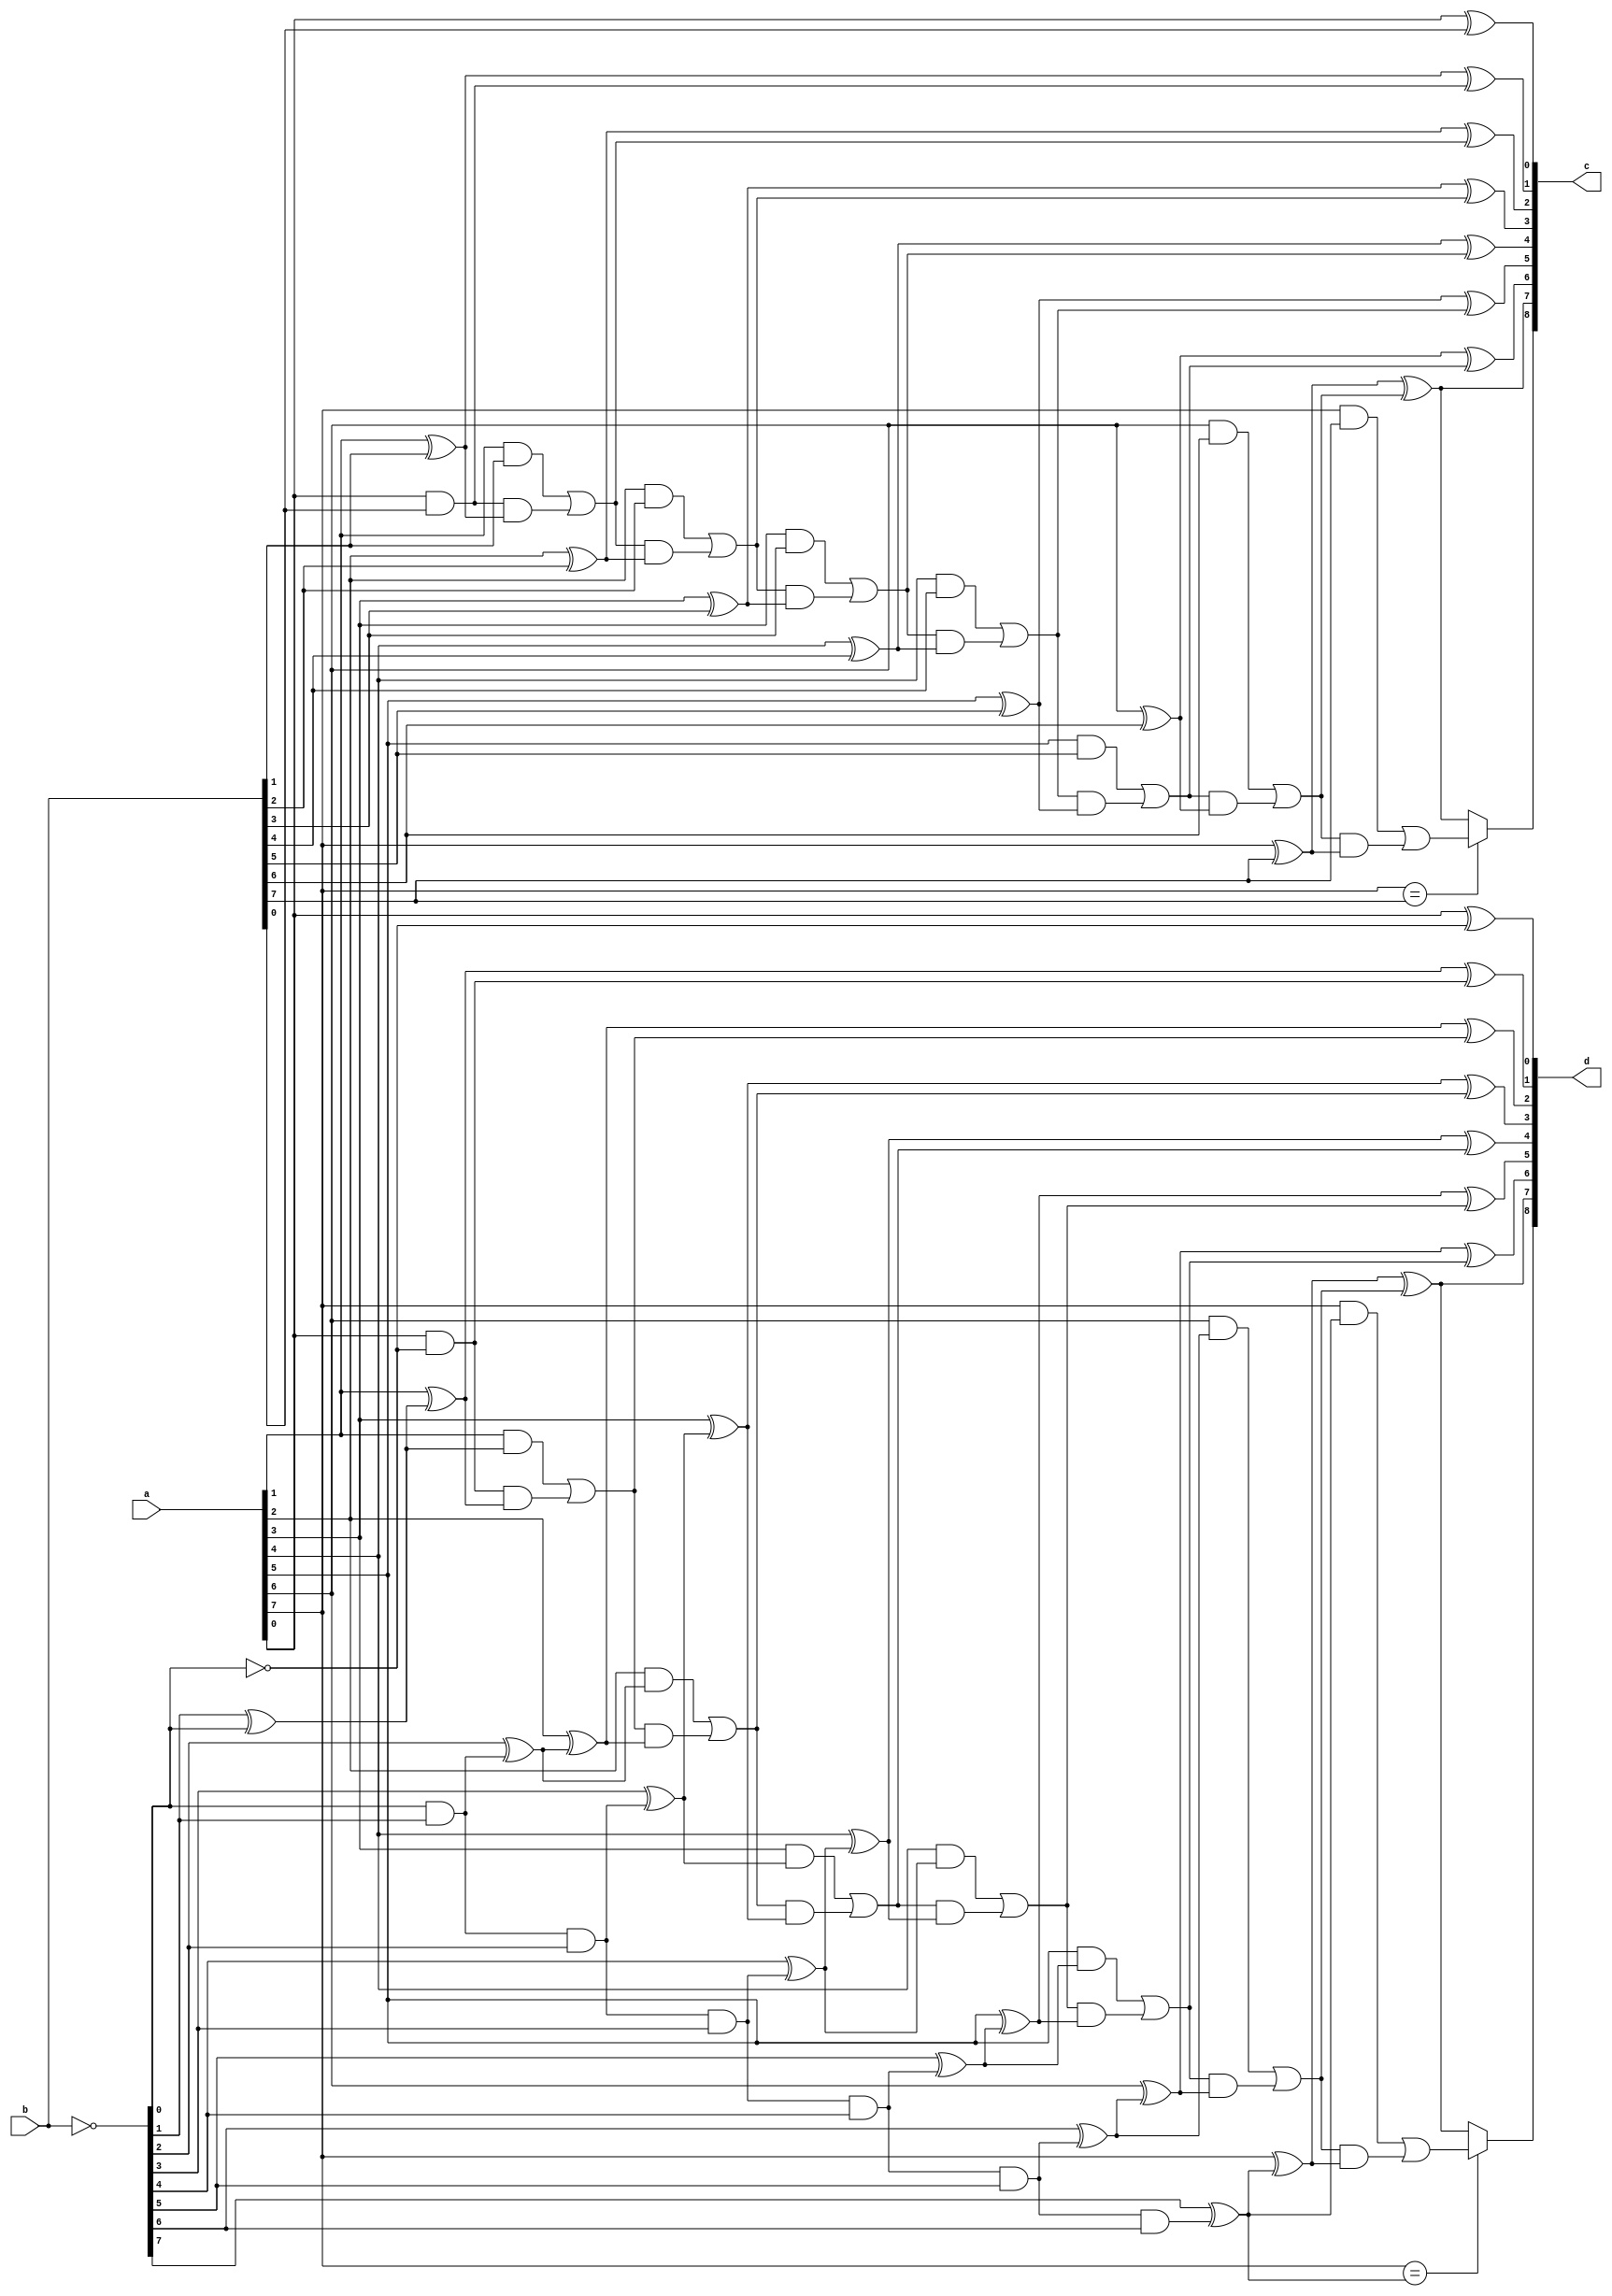
/**********************************************************************
 * Topic : RTL Core
 * 		  2-Dimensional Fast Hartley Transform
 *
 * Compilation Notes:
 *  1).Input Data
 *     - no min.negative value
 *  2).Memory
 *     - if you use Xilinx FPGA for prototyping 
 *       compile this code along with 
 *       USE_FPGA_SPSRAM definition and
 *       XilinxCoreLib library,
 *     - otherwise compile this code
 *       along with USE_ASIC_SPSRAM
 *     - max. bitwidth is 16bits
 *  3).Multiplier
 *     - if you use Xilinx FPGA for prototyping 
 *       compile this code along with 
 *       USE_FPGA_MULT definition
 *     - otherwise compile this code
 *       along with USE_ASIC_MULT
 *
 * TOP Level
 * 2D FHT 64 points -> ... clk delay
 * 
 *     +-------------------------+
 *     |                         |
 * --->|    2D FHT/8x8 Points    |---> 
 *     |                         |
 *     +-------------------------+
 *     |<---- ... clk delay ---->|
 *
 * Input Data  : [N-1:0] signed
 * Output Data : [N+5:0] signed
 *
 * Data is coming from somewhere (e.g. memory) with sclk one by one.
 * 1st step 1D FHT by rows:
 *			- Shift Register for 8 points -> ... clk delay
 *			- Alligner
 * 			- Calculate 1D FHT for 8 points. -> ... clk delay
 *				- FF is used on the each input of the butterfly
 *				- FF is used on the input of the multiplier
 * 2nd Step:
 * Matrix Transpose -> 64+1 clk delay
 * 			- Collecting data until 1st buffer is full as 64 points.
 *			- Read 64 points right away after 1st buffer is full.
 *			- At the same time 2nd buffer is ready to receive data.
 * 			- Collecting data until 2nd buffer is full as 64 points.
 *			- Read 64 points right away after 2nd buffer is full.
 *			- At the same time 1st buffer is ready to receive data once again.
 *			- ...
 * 3rd Step 1D FHT by columns.
 * 			- Combine data to make 8 points in parallel. -> ... clk delay
 * 			- Calculate 1D FHT for 8 points. -> ... clk delay
 *
 * RIGHT TO USE: This code example, or any portion thereof, may be
 * used and distributed without restriction, provided that this entire
 * comment block is included with the example.
 *
 * DISCLAIMER: THIS CODE EXAMPLE IS PROVIDED "AS IS" WITHOUT WARRANTY
 * OF ANY KIND, EITHER EXPRESS OR IMPLIED, INCLUDING, BUT NOT LIMITED
 * TO WARRANTIES OF MERCHANTABILITY, FITNESS OR CORRECTNESS. IN NO
 * EVENT SHALL THE AUTHOR OR AUTHORS BE LIABLE FOR ANY DAMAGES,
 * INCLUDING INCIDENTAL OR CONSEQUENTIAL DAMAGES, ARISING OUT OF THE
 * USE OF THIS CODE.
 **********************************************************************/

// ----->>> Define Multiplier Type
//`define USE_ASIC_MULT
//`define USE_FPGA_MULT

// ----->>>  Define Memory Type
//`define USE_FPGA_SPSRAM
//`define USE_ASIC_SPSRAM
/**********************************************************************
 * Topic : RTL Core
 * 		  2-Dimensional Fast Hartley Transform
 *
 * Function: Fast Hartley Transform 1 Dimension for 8 Points
 * Decimation in Frequency Domain
 * 
 *     +-----------+    +-----------+    +-----------+
 *     |  Serial   |    |  1D FHT   |    | Parallel  |
 * --->|    to     |--->|           |--->|    to     |--->
 *     | Parallel  |    | 8 Points  |    |  Serial   |
 *     +-----------+    +-----------+    +-----------+
 *
 * RIGHT TO USE: This code example, or any portion thereof, may be
 * used and distributed without restriction, provided that this entire
 * comment block is included with the example.
 *
 * DISCLAIMER: THIS CODE EXAMPLE IS PROVIDED "AS IS" WITHOUT WARRANTY
 * OF ANY KIND, EITHER EXPRESS OR IMPLIED, INCLUDING, BUT NOT LIMITED
 * TO WARRANTIES OF MERCHANTABILITY, FITNESS OR CORRECTNESS. IN NO
 * EVENT SHALL THE AUTHOR OR AUTHORS BE LIABLE FOR ANY DAMAGES,
 * INCLUDING INCIDENTAL OR CONSEQUENTIAL DAMAGES, ARISING OUT OF THE
 * USE OF THIS CODE.
 **********************************************************************/
/**********************************************************************
 * Topic : RTL Core
 * 		  2-Dimensional Fast Hartley Transform
 *
 * Function: Fast Hartley Transform ButterFly Unit without input FF
 *
 * RIGHT TO USE: This code example, or any portion thereof, may be
 * used and distributed without restriction, provided that this entire
 * comment block is included with the example.
 *
 * DISCLAIMER: THIS CODE EXAMPLE IS PROVIDED "AS IS" WITHOUT WARRANTY
 * OF ANY KIND, EITHER EXPRESS OR IMPLIED, INCLUDING, BUT NOT LIMITED
 * TO WARRANTIES OF MERCHANTABILITY, FITNESS OR CORRECTNESS. IN NO
 * EVENT SHALL THE AUTHOR OR AUTHORS BE LIABLE FOR ANY DAMAGES,
 * INCLUDING INCIDENTAL OR CONSEQUENTIAL DAMAGES, ARISING OUT OF THE
 * USE OF THIS CODE.
 **********************************************************************/

module fht_bfly_noFF(
	a,
	b,
	c,
	d
);

parameter N = 8;

input	[N-1:0]	a; // input
input	[N-1:0]	b; // input

output	[N  :0]	c; // additive output
output	[N  :0]	d; // subtractive output

assign c = rca_N(a,b);
assign d = rca_N(a,twos_complement(b));

// +--------------------------------------------------+ \\
// +----------- Function's Description Part ----------+ \\
// +--------------------------------------------------+ \\
// Full Adder
	function [1:0] full_adder;
	input a, b, ci;
	reg co, s;
	begin
		s  = (a ^ b ^ ci);
		co = (a & b) | (ci & (a ^ b));
		full_adder = {co,s};
	end
	endfunction

// Half Adder, i.e. without carry in
	function [1:0] half_adder;
	input a, b;
	reg co, s;
	begin
		s  = (a ^ b);
		co = (a & b);
		half_adder = {co,s};
	end
	endfunction

// Ripple Carry Adder - rca
// Input  vector = N     bits
// Output vector = N + 1 bits
	function [N:0] rca_N;

//	parameter N = 8;
	input [N-1:0] a;
	input [N-1:0] b;
	
	reg [N-1:0] co,sum;
		
		begin : RCA // RIPPLE CARRY ADDER
        	integer i;
        	//for (i = 0; i <= N; i = i + 1)
        	for (i = 0; i < N; i = i + 1)
            	if (i == 0)
					{co[i],sum[i]} = half_adder(a[i],b[i]);
				else
					{co[i],sum[i]} = full_adder(a[i],b[i],co[i-1]);

		rca_N[N-1:0] = sum;
		// MSB is a sign bit
		rca_N[N] = (a[N-1]==b[N-1]) ? co[N-1] : sum[N-1];
		end
	endfunction


	function [N-1:0] twos_complement;
	input [N-1:0] a;
  	reg [N-1:0] ainv;
  	reg [N:0] plus1;
	begin
		ainv  = ~a;
		plus1 = rca_N(ainv,{{N-1{1'b0}},1'b1});
	
		// pragma coverage block = off
		// synopsys translate_off
		// The only problem is absolute minumum negative value
		if (a == {1'b1, {N-1{1'b0}}})
			$display("--->>> 2's complement ERROR - absolute minimum negative value: %0b\n\t %m",a);
		// synopsys translate_on
		// pragma coverage block = on
		
		twos_complement = plus1[N-1:0];
	end
	endfunction

endmodule

// Update Log:
// 27 Jul. 2011
// added pragmas for coverage
/**********************************************************************
 * Topic : RTL Core
 * 		  2-Dimensional Fast Hartley Transform
 *
 * Function: Fast Hartley Transform ButterFly Unit
 *
 * RIGHT TO USE: This code example, or any portion thereof, may be
 * used and distributed without restriction, provided that this entire
 * comment block is included with the example.
 *
 * DISCLAIMER: THIS CODE EXAMPLE IS PROVIDED "AS IS" WITHOUT WARRANTY
 * OF ANY KIND, EITHER EXPRESS OR IMPLIED, INCLUDING, BUT NOT LIMITED
 * TO WARRANTIES OF MERCHANTABILITY, FITNESS OR CORRECTNESS. IN NO
 * EVENT SHALL THE AUTHOR OR AUTHORS BE LIABLE FOR ANY DAMAGES,
 * INCLUDING INCIDENTAL OR CONSEQUENTIAL DAMAGES, ARISING OUT OF THE
 * USE OF THIS CODE.
 **********************************************************************/

module fht_bfly(
	rstn,
	clk,
	valid,
	a,
	b,
	c,
	d
);

parameter N = 8;

input			rstn;
input			clk;

input			valid;

input	[N-1:0]	a; // input
input	[N-1:0]	b; // input

output	[N  :0]	c; // additive output
output	[N  :0]	d; // subtractive output

reg [N-1:0] a_FF;
always @(posedge clk)
if		(!rstn)	a_FF <= #1 0;
else if (valid)	a_FF <= #1 a;

reg [N-1:0] b_FF;
always @(posedge clk)
if		(!rstn) b_FF <= #1 0;
else if (valid)	b_FF <= #1 b;

assign c = rca_N(a_FF,b_FF);
assign d = rca_N(a_FF,twos_complement(b_FF));

// +--------------------------------------------------+ \\
// +----------- Function's Description Part ----------+ \\
// +--------------------------------------------------+ \\
// Full Adder
	function [1:0] full_adder;
	input a, b, ci;
	reg co, s;
	begin
		s  = (a ^ b ^ ci);
		co = (a & b) | (ci & (a ^ b));
		full_adder = {co,s};
	end
	endfunction

// Half Adder, i.e. without carry in
	function [1:0] half_adder;
	input a, b;
	reg co, s;
	begin
		s  = (a ^ b);
		co = (a & b);
		half_adder = {co,s};
	end
	endfunction

// Ripple Carry Adder - rca
// Input  vector = N     bits
// Output vector = N + 1 bits
	function [N:0] rca_N;

//	parameter N = 8;
	input [N-1:0] a;
	input [N-1:0] b;
	
	reg [N-1:0] co,sum;
		
		begin : RCA // RIPPLE_CARRY_ADDER
        	integer i;
        	//for (i = 0; i <= N; i = i + 1)
        	for (i = 0; i < N; i = i + 1)
            	if (i == 0)
					{co[i],sum[i]} = half_adder(a[i],b[i]);
				else
					{co[i],sum[i]} = full_adder(a[i],b[i],co[i-1]);

		rca_N[N-1:0] = sum;
		// MSB is a sign bit
		rca_N[N] = (a[N-1]==b[N-1]) ? co[N-1] : sum[N-1];
		end
	endfunction


	function [N-1:0] twos_complement;
	input [N-1:0] a;
  	reg [N-1:0] ainv;
  	reg [N:0] plus1;
	begin
		ainv  = ~a;
		plus1 = rca_N(ainv,{{N-1{1'b0}},1'b1});
	
		// pragma coverage block = off
		// synopsys translate_off
		// The only problem is absolute minumum negative value
		if (a == {1'b1, {N-1{1'b0}}})
			$display("--->>> 2's complement ERROR - absolute minimum negative value: %0b\n\t %m",a);
		// synopsys translate_on
		// pragma coverage block = on
		
		twos_complement = plus1[N-1:0];
	end
	endfunction

endmodule

// Update Log:
// 27 Jul. 2011
// added pragmas for coverage

module fht_1d_x8(
	rstn,
	sclk,

	// input data - x0,x1,x2,x3,x4,x5,x6,x7,x0,x1...
	x_valid,
	x_data,
	
	// 1D FHT output data - h0,h1,h2,h3,h4,h5,h6,h7,h0,h1...
	fht_valid,
	fht_data

);

parameter N = 8;

input			rstn;
input			sclk;

input			x_valid;
input	[N-1:0]	x_data;

output			fht_valid;
output	[N+2:0]	fht_data;
// +++---------------------------------+++\\

// +++ Data Preparation Step Start +++ \\
// +++        - Aligning -         +++ \\
reg [N-1:0] x0,x1,x2,x3,x4,x5,x6,x7;
always @(posedge sclk or negedge rstn)
if (!rstn) begin
	x0 <= #1 0;
	x1 <= #1 0;
	x2 <= #1 0;
	x3 <= #1 0;
	x4 <= #1 0;
	x5 <= #1 0;
	x6 <= #1 0;
	x7 <= #1 0;
end
else if (x_valid) begin
	x0 <= #1 x_data;
	x1 <= #1 x0;
	x2 <= #1 x1;
	x3 <= #1 x2;
	x4 <= #1 x3;
	x5 <= #1 x4;
	x6 <= #1 x5;
	x7 <= #1 x6;
end

reg x_valid_1d;
always @(posedge sclk or negedge rstn)
if	(!rstn)	x_valid_1d <= #1 0;
else		x_valid_1d <= #1 x_valid;

wire xi_ready;

reg [2:0] cnt;
always @(posedge sclk or negedge rstn)
if		(!rstn)			cnt <= #1 0;
else if (x_valid_1d)	cnt <= #1 cnt + 1;

assign xi_ready = (cnt == 7 && x_valid_1d) ? 1'b1 : 1'b0;

// at the ready time aligned and reversed
reg [N-1:0] x0_FF,x1_FF,x2_FF,x3_FF,x4_FF,x5_FF,x6_FF,x7_FF;
always @(posedge sclk or negedge rstn)
if (!rstn) begin
	x0_FF <= #1 0;
	x1_FF <= #1 0;
	x2_FF <= #1 0;
	x3_FF <= #1 0;
	x4_FF <= #1 0;
	x5_FF <= #1 0;
	x6_FF <= #1 0;
	x7_FF <= #1 0;
end
else if (xi_ready) begin
	x0_FF <= #1 x7;
	x1_FF <= #1 x6;
	x2_FF <= #1 x5;
	x3_FF <= #1 x4;
	x4_FF <= #1 x3;
	x5_FF <= #1 x2;
	x6_FF <= #1 x1;
	x7_FF <= #1 x0;
end
// +++ Data Preparation Step Finish +++ //

// delay for ... clocks to provide timing requirements
reg [13:0] xi_ready_d;
always @(posedge sclk or negedge rstn)
if (!rstn)	xi_ready_d[13:0] <= #1 0;
else		xi_ready_d[13:0] <= #1 {xi_ready_d[12:0],xi_ready};

// 1D Fast Hartley Transform - Decimation-in-Frequency Algorithm

// Butterfly Stage N1
// Data input [N-1:0] = N bits
// On the output of the 1st bfly is [N:0] = N+1 bits

// <<<--------- Butterfly Stage N1
wire [N:0] stg1_sum1;
wire [N:0] stg1_sum2;
wire [N:0] stg1_sum3;
wire [N:0] stg1_sum4;

wire [N:0] stg1_sub1;
wire [N:0] stg1_sub2;
wire [N:0] stg1_sub3;
wire [N:0] stg1_sub4;

fht_bfly_noFF #(N) u11_fht_bfly (.a({x0_FF}),.b({x4_FF}),.c(stg1_sum1),.d(stg1_sub1));
fht_bfly_noFF #(N) u12_fht_bfly (.a({x1_FF}),.b({x5_FF}),.c(stg1_sum2),.d(stg1_sub2));
fht_bfly_noFF #(N) u13_fht_bfly (.a({x2_FF}),.b({x6_FF}),.c(stg1_sum3),.d(stg1_sub3));
fht_bfly_noFF #(N) u14_fht_bfly (.a({x3_FF}),.b({x7_FF}),.c(stg1_sum4),.d(stg1_sub4));

// <<<--------- Butterfly Stage N2
wire [N+1:0] stg2_sum1;
wire [N+1:0] stg2_sum2;
wire [N+1:0] stg2_sum3;

wire [N+1:0] stg2_sub1;
wire [N+1:0] stg2_sub2;
wire [N+1:0] stg2_sub3;



fht_bfly #(N+1) u21_fht_bfly (.rstn(rstn),.clk(sclk),.valid(xi_ready_d[1]),.a(stg1_sum1),.b(stg1_sum3),.c(stg2_sum1),.d(stg2_sub1));
fht_bfly #(N+1) u22_fht_bfly (.rstn(rstn),.clk(sclk),.valid(xi_ready_d[1]),.a(stg1_sum2),.b(stg1_sum4),.c(stg2_sum2),.d(stg2_sub2));
fht_bfly #(N+1) u23_fht_bfly (.rstn(rstn),.clk(sclk),.valid(xi_ready_d[1]),.a(stg1_sub1),.b(stg1_sub3),.c(stg2_sum3),.d(stg2_sub3));

// Multiplier on the 2nd Stage
wire [N:0] mult_dat_1;
wire [N:0] mult_dat_2;
assign mult_dat_1 = stg1_sub2;
assign mult_dat_2 = stg1_sub4;

wire [N+1:0] mult_res1;
wire [N+1:0] mult_res2;









// <<<--------- Butterfly Stage N3
wire [N+2:0] stg3_sum1;
wire [N+2:0] stg3_sum2;
wire [N+2:0] stg3_sum3;
wire [N+2:0] stg3_sum4;

wire [N+2:0] stg3_sub1;
wire [N+2:0] stg3_sub2;
wire [N+2:0] stg3_sub3;
wire [N+2:0] stg3_sub4;

fht_bfly #(N+2) u31_fht_bfly (.rstn(rstn),.clk(sclk),.valid(xi_ready_d[3]),.a(stg2_sum1),.b(stg2_sum2),.c(stg3_sum1),.d(stg3_sub1));
fht_bfly #(N+2) u32_fht_bfly (.rstn(rstn),.clk(sclk),.valid(xi_ready_d[3]),.a(stg2_sub1),.b(stg2_sub2),.c(stg3_sum2),.d(stg3_sub2));
fht_bfly #(N+2) u33_fht_bfly (.rstn(rstn),.clk(sclk),.valid(xi_ready_d[3]),.a(stg2_sum3),.b(mult_res1),.c(stg3_sum3),.d(stg3_sub3));
fht_bfly #(N+2) u34_fht_bfly (.rstn(rstn),.clk(sclk),.valid(xi_ready_d[3]),.a(stg2_sub3),.b(mult_res2),.c(stg3_sum4),.d(stg3_sub4));

// <<<--------- FHT Result
reg [N+2:0] h0_FF,h1_FF,h2_FF,h3_FF,h4_FF,h5_FF,h6_FF,h7_FF;
always @(posedge sclk or negedge rstn)
if (!rstn) begin
	h0_FF <= #1 0;
	h4_FF <= #1 0;
	h2_FF <= #1 0;
	h6_FF <= #1 0;
	h1_FF <= #1 0;
	h5_FF <= #1 0;
	h3_FF <= #1 0;
	h7_FF <= #1 0;
end
else if (xi_ready_d[5]) begin
	h0_FF <= #1 stg3_sum1;
	h4_FF <= #1 stg3_sub1;
	h2_FF <= #1 stg3_sum2;
	h6_FF <= #1 stg3_sub2;
	h1_FF <= #1 stg3_sum3;
	h5_FF <= #1 stg3_sub3;
	h3_FF <= #1 stg3_sum4;
	h7_FF <= #1 stg3_sub4;
end

assign h0_valid = xi_ready_d[6];
assign h1_valid = xi_ready_d[7];
assign h2_valid = xi_ready_d[8];
assign h3_valid = xi_ready_d[9];
assign h4_valid = xi_ready_d[10];
assign h5_valid = xi_ready_d[11];
assign h6_valid = xi_ready_d[12];
assign h7_valid = xi_ready_d[13];

wire	fht_valid_or;
assign	fht_valid_or =	h0_valid |
						h1_valid |
						h2_valid |
						h3_valid |
						h4_valid |
						h5_valid |
						h6_valid |
						h7_valid ;

wire [N+2:0] h_or_data;
assign h_or_data =	
				(h0_FF & {N+3{h0_valid}}) |
				(h1_FF & {N+3{h1_valid}}) |
				(h2_FF & {N+3{h2_valid}}) |
				(h3_FF & {N+3{h3_valid}}) |
				(h4_FF & {N+3{h4_valid}}) |
				(h5_FF & {N+3{h5_valid}}) |
				(h6_FF & {N+3{h6_valid}}) |
				(h7_FF & {N+3{h7_valid}}) ;

reg	[N+2:0]	fht_data;
reg			fht_valid;

always @(posedge sclk or negedge rstn)
if (!rstn)	fht_valid <= #1 0;
else		fht_valid <= #1 fht_valid_or;

always @(posedge sclk or negedge rstn)
if (!rstn)	fht_data <= #1 0;
else		fht_data <= #1 h_or_data;

endmodule
/**********************************************************************
 * Topic : RTL Core
 * 		  2-Dimensional Fast Hartley Transform
 *
 *
 * Matrix Transpose 8x8
 * DPSRAM-based Double Buffer
 * Buffer size is 64*2 words, each word is 16 bits
 *
 * Matrix Transpose -> 64 clk delay
 *			- Double Buffer Solution:
 *
 * RIGHT TO USE: This code example, or any portion thereof, may be
 * used and distributed without restriction, provided that this entire
 * comment block is included with the example.
 *
 * DISCLAIMER: THIS CODE EXAMPLE IS PROVIDED "AS IS" WITHOUT WARRANTY
 * OF ANY KIND, EITHER EXPRESS OR IMPLIED, INCLUDING, BUT NOT LIMITED
 * TO WARRANTIES OF MERCHANTABILITY, FITNESS OR CORRECTNESS. IN NO
 * EVENT SHALL THE AUTHOR OR AUTHORS BE LIABLE FOR ANY DAMAGES,
 * INCLUDING INCIDENTAL OR CONSEQUENTIAL DAMAGES, ARISING OUT OF THE
 * USE OF THIS CODE.
 **********************************************************************/

module mtx_trps_8x8_dpsram (
	rstn,
	sclk,
	
	// Input
	inp_valid,
	inp_data,
	
	// Output
	mem_data,
	mem_valid
);
parameter N = 8;

input			rstn;
input			sclk;

input			inp_valid;
input	[N-1:0]	inp_data;
	
output	[N-1:0]	mem_data;
output			mem_valid;

reg [6:0]	cnt128d_wr;				// Write Mode Counter
wire		indicator;				// 64 words written - Indication(pos. or neg. edge)
reg			indicator_1d;			// Indication 1 clock delay
wire		indicator_pos_edge;		// positive edge
wire		indicator_neg_edge;		// negative edge
reg	[6:0]	cnt128d_rd;				// Read Counter
wire		cnt128d_rd_valid_start;	// Counter start increment
wire		cnt128d_rd_valid_stop;	// Counter stop increment
reg			cnt128d_rd_valid;		// valid time for cnt128d_rd counter
reg			mem_valid;				// 1 clock delay after reading

// DPSRAM Memory Signal Description
wire [15:0] wr_DATA;
wire [ 6:0] wr_ADDR;
wire		wr_CSN;
wire		wr_WEN;

wire [ 6:0] rd_ADDR;
wire		rd_CSN;
wire [15:0] rd_DATA;




























always @(posedge sclk or negedge rstn)
if		(!rstn)		cnt128d_wr <= #1 0;
else if (inp_valid)	cnt128d_wr <= #1 cnt128d_wr + 1;

assign wr_DATA = {{16-N{1'b0}},inp_data};
assign wr_ADDR = cnt128d_wr;
assign wr_CSN  = ~inp_valid;
assign wr_WEN  = ~inp_valid;

// Start Reading After fisrt 64 words had been written
assign indicator = cnt128d_wr[6];
always @(posedge sclk or negedge rstn)
if	(!rstn)	indicator_1d <= #1 1'b0;
else		indicator_1d <= #1 indicator;

assign indicator_pos_edge =  indicator & ~indicator_1d;
assign indicator_neg_edge = ~indicator &  indicator_1d;

assign cnt128d_rd_valid_start = indicator_pos_edge | indicator_neg_edge;
assign cnt128d_rd_valid_stop  = (cnt128d_rd[5:0] == 63) ? 1'b1 : 1'b0;

always @(posedge sclk or negedge rstn)
if		(!rstn)					cnt128d_rd_valid <= #1 1'b0;
else if (cnt128d_rd_valid_start)cnt128d_rd_valid <= #1 1'b1;
else if (cnt128d_rd_valid_stop)	cnt128d_rd_valid <= #1 1'b0;

// Read Mode Counter
always @(posedge sclk or negedge rstn)
if		(!rstn)				cnt128d_rd <= #1 1'b0;
else if (cnt128d_rd_valid)	cnt128d_rd <= #1 cnt128d_rd + 1;

assign rd_ADDR = {cnt128d_rd[6],cnt128d_rd[2:0],cnt128d_rd[5:3]};
assign rd_CSN  = ~cnt128d_rd_valid;

// Output
always @(posedge sclk or negedge rstn)
if	(!rstn)	mem_valid <= #1 1'b0;
else		mem_valid <= #1 cnt128d_rd_valid;

assign #1 mem_data = rd_DATA[7:0];

// synopsys translate_off
// <<<------------- DUMP Section
/*
// 2D FHT OUTPUT DUMP DATA 
parameter MEM_TRPS_DPSRAM_FILE = "./result/mem_trps_dpsram.txt";
integer mem_trps_dpsram_dump;
initial mem_trps_dpsram_dump = $fopen(MEM_TRPS_DPSRAM_FILE);

always @(posedge sclk)
if (mem_valid) $fdisplay(mem_trps_dpsram_dump,"%h",mem_data);
*/
// synopsys translate_on
endmodule

module fht_8x8_core (
	rstn,
	sclk,

	x_valid,
	x_data,

	fht_2d_valid,
	fht_2d_data
);
// Number of input bits
parameter N = 8;

input	rstn;
input	sclk;

input			x_valid;
input	[N-1:0] x_data;

output			fht_2d_valid;
output	[N+5:0]	fht_2d_data;

// +++--->>> One-Dimensional Fast Hartley Transform - 1st Stage
// Data input [N-1:0] = N bits
// 
wire			fht_1d_valid;
wire	[N+2:0]	fht_1d_data;

fht_1d_x8 #(N) u1_fht_1d_x8_1st(
	.rstn	(rstn),
	.sclk	(sclk),

	// input data
	.x_valid	(x_valid),
	.x_data		(x_data),
	
	// output data
	.fht_valid	(fht_1d_valid),
	.fht_data	(fht_1d_data)
);

// +++--->>> Matrix Transposition <<<---+++ \\
wire			mem_valid;
wire	[N+2:0]	mem_data;

mtx_trps_8x8_dpsram #(N+3) u2_mtx_ts (
	.rstn		(rstn),
	.sclk		(sclk),
	
	.inp_valid	(fht_1d_valid),
	.inp_data	(fht_1d_data),

	.mem_data	(mem_data),
	.mem_valid	(mem_valid)
);

// +++--->>> One-Dimensional Fast Hartley Transform - 2nd Stage
fht_1d_x8 #(N+3) u3_fht_1d_x8_2nd(
	.rstn	(rstn),
	.sclk	(sclk),

	// input data
	.x_valid	(mem_valid),
	.x_data		(mem_data),
	
	// output data
	.fht_valid	(fht_2d_valid),
	.fht_data	(fht_2d_data)
);

endmodule